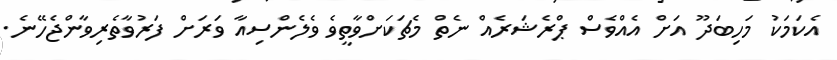
އެކަމަކު މަހިބަދޫ އަށް އެއްވެސް ޕްރެޝަރެއް ނެތް މެޗަކަށްވާތީވެ ވެލެންސިއާ ވަރަށް ފަރުވާތެރިވާންޖެހޭނެ.